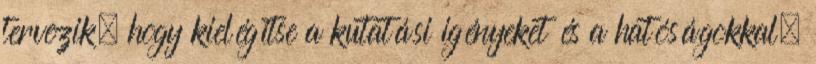
tervezik, hogy kielégítse a kutatási igényeket és a hatóságokkal,